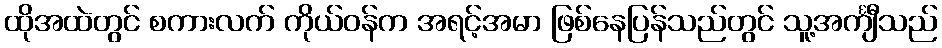
ထိုအထဲတွင် စကားလက် ကိုယ်ဝန်က အရင့်အမာ ဖြစ်နေပြန်သည်တွင် သူ့အင်္ကျီသည်